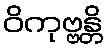
ဝိကုဗ္ဗန္တိ